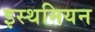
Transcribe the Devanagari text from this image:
इस्थमियन